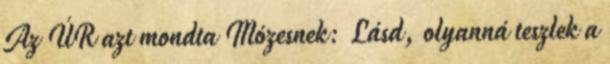
Az ÚR azt mondta Mózesnek: Lásd, olyanná teszlek a